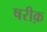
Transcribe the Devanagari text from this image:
षरीक़